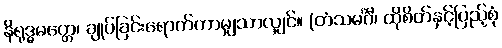
နိရုဒ္ဓမတ္တေ၊ ချုပ်ခြင်းရောက်ကာမျှသာလျှင်။ (တံသမင်္ဂီ၊ ထိုစိတ်နှင့်ပြည့်စုံ